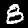
Digit: 8